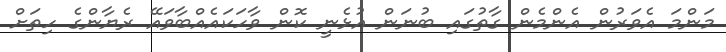
މަންމަ އެވަރުން އެންމެން ގާތުގައި ބުނަން އުޅެނީ ކޮން ވާހަކައެއްބާވައޭ ރެޔާންގެ ހިތަށް